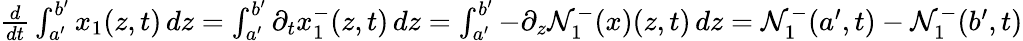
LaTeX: \begin{array}{r}{\frac{d}{dt}\int_{a^{\prime}}^{b^{\prime}}x_{1}(z,t)\, dz=\int_{a^{\prime}}^{b^{\prime}}\partial_{t}x_{1}^{-}(z,t)\, dz=\int_{a^{\prime}}^{b^{\prime}}-\partial_{z}\mathcal{N}_{1}^{-}(x)(z,t)\, dz=\mathcal{N}_{1}^{-}(a^{\prime},t)-\mathcal{N}_{1}^{-}(b^{\prime},t)}\end{array}